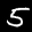
Label: 5